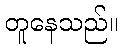
တူနေသည်။